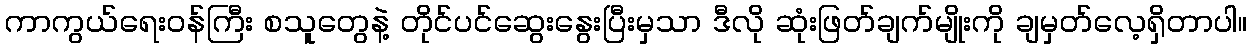
ကာကွယ်ရေးဝန်ကြီး စသူတွေနဲ့ တိုင်ပင်ဆွေးနွေးပြီးမှသာ ဒီလို ဆုံးဖြတ်ချက်မျိုးကို ချမှတ်လေ့ရှိတာပါ။